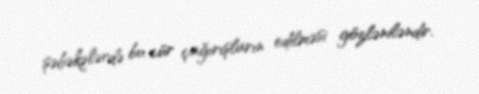
şəbəkələrdə bu cür çağırışların edilməsi gözləniləndir.